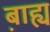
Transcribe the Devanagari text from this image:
ब़ाह्य